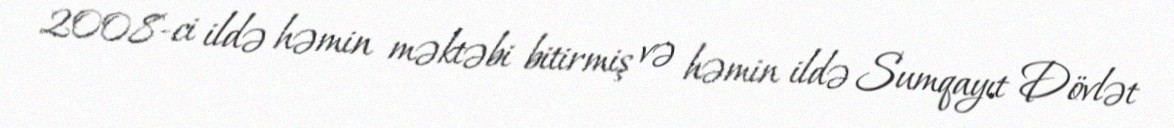
2008-ci ildə həmin məktəbi bitirmiş və həmin ildə Sumqayıt Dövlət